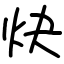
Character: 炔